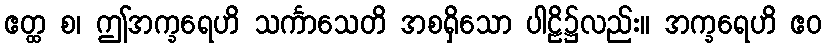
ဧတ္ထ စ၊ ဤအက္ခရေဟိ သင်္ကာသေတိ အစရှိသော ပါဠိ၌လည်း။ အက္ခရေဟိ ဧဝ